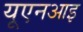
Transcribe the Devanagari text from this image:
यूएनआइ